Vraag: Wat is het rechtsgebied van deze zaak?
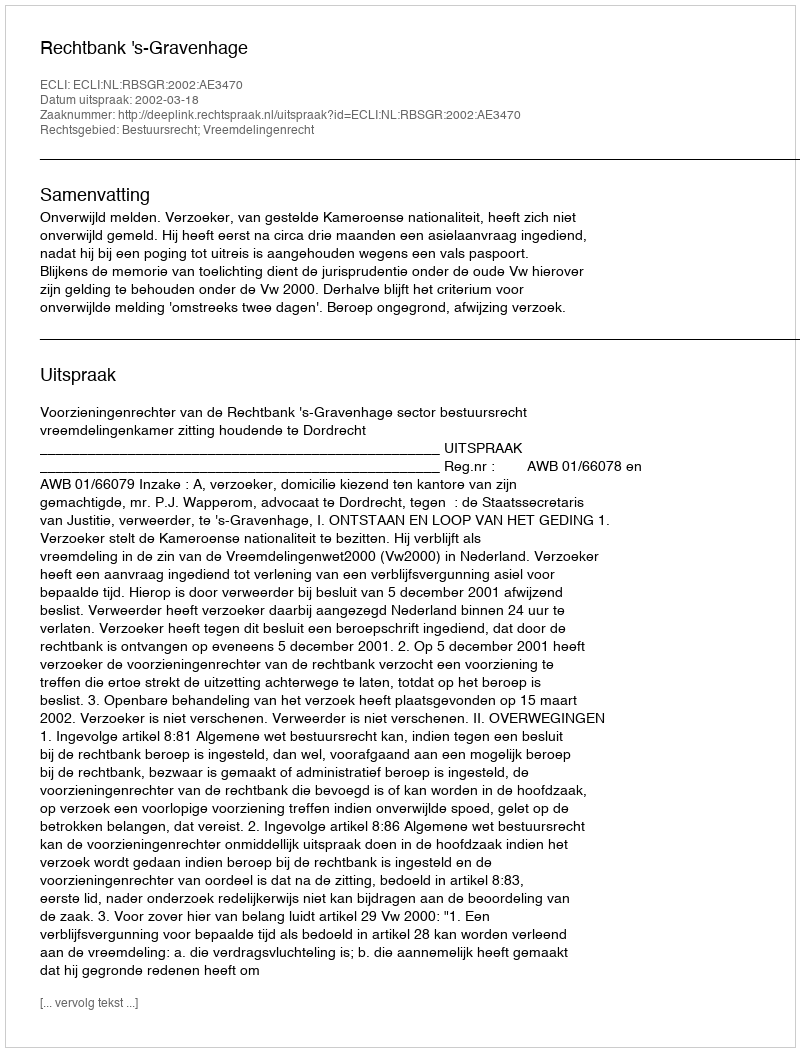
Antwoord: Bestuursrecht; Vreemdelingenrecht